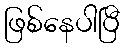
ဖြစ်နေပါပြီ